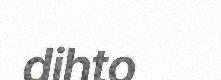
dihto